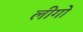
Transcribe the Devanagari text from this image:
लीगो